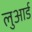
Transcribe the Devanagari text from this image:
लुआर्ड